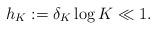
LaTeX: \begin{align*}h_K:=\delta_K \log K\ll 1.\end{align*}